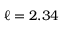
\ell = 2 . 3 4